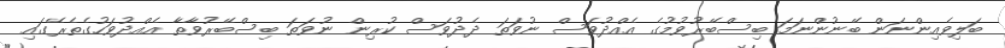
ބަލިވެއިންނަން ބޭނުންނަމަ ބިސްބޭރުވުމުގެ އެއްދުވަސް ނުވަތަ ދެދުވަސް ކުރިން ނުވަތަ ބިސްބޭރުވާތާ އެއްދުވަހުގެތެރޭގައި